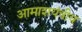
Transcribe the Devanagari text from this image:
आमाशयंत्रीय